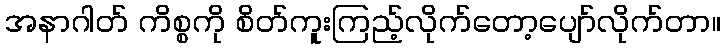
အနာဂါတ် ကိစ္စကို စိတ်ကူးကြည့်လိုက်တော့ပျော်လိုက်တာ။